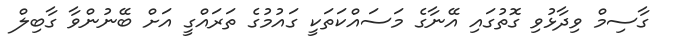
ގާސިމް ވިދާޅުވި ގޮތުގައި އޭނާގެ މަސައްކަތަކީ ގައުމުގެ ތަރައްގީ އަށް ބޭނުންވާ ގާބިލް